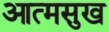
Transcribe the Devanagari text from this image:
आत्मसुख